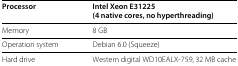
<table><thead><tr><td><b>Processor</b></td><td><b>Intel Xeon E31225</b></td></tr><tr><td><b> </b></td><td><b>(4 native cores, no hyperthreading)</b></td></tr></thead><tbody><tr><td>Memory</td><td>8 GB</td></tr><tr><td>Operation system</td><td>Debian 6.0 (Squeeze)</td></tr><tr><td>Hard drive</td><td>Western digital WD10EALX-759, 32 MB cache</td></tr></tbody></table>